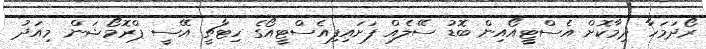
ރޯދަމަހާ ދިމާކޮށް އެސްޓީއޯއިން ބޮޑު ސޭލެއް ފަށަައިފިއެސްޓީއޯގެ ހިޓާޗީ އޭސީ ޕްރޮމޯޝަން މިއަދު